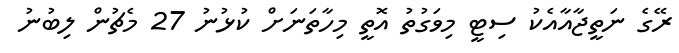
ރޭގެ ނަތީޖާއާއެކު ސިޓީ މިވަގުތު އޮތީ މިހާތަނަށް ކުޅުނު 27 މެޗުން ލިބުނު